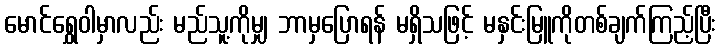
မောင်ရွှေဝါမှာလည်း မည်သူ့ကိုမျှ ဘာမှပြောရန် မရှိသဖြင့် မနှင်းမြူကိုတစ်ချက်ကြည့်ပြီး